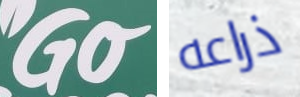
Go ذراعه